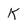
Character: K